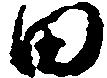
田